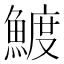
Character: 𬵟